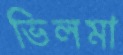
ভিলমা